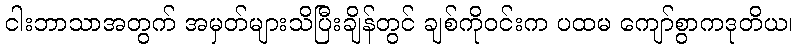
ငါးဘာသာအတွက် အမှတ်များသိပြီးချိန်တွင် ချစ်ကိုဝင်းက ပထမ ကျော်စွာကဒုတိယ၊